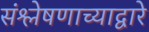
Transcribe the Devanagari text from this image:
संश्लेषणाच्याद्वारे